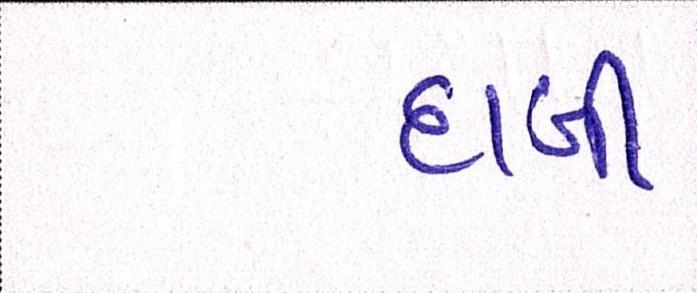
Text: દાબી